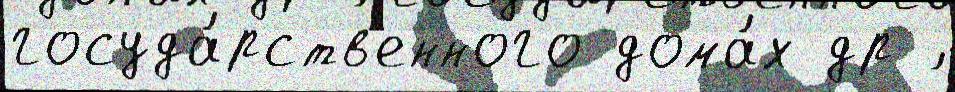
госуда́рств'енного дома́х др ́